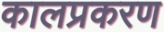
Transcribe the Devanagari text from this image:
कालप्रकरण